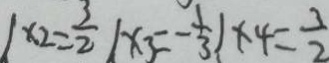
\vert x _ { 2 } = \frac { 3 } { 2 } \vert x _ { 3 } = - \frac { 1 } { 3 } \vert x _ { 4 } = \frac { 3 } { 2 }